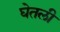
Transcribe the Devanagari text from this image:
घेेतली